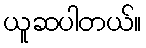
ယူဆပါတယ်။